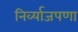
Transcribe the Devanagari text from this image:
निर्व्याजपणा